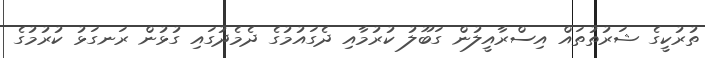
ތުރުކީގެ ޝަރުތުތައް އިސްރާއީލުން ގަބޫލު ކުރުމާއި ދެގައުމުގެ ދެމެދުގައި ގުޅުން ރަނގަޅު ކުރުމުގެ